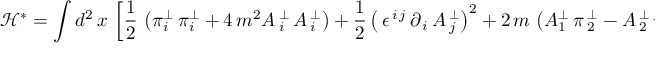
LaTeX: \mathcal { H } ^ { \ast } = \int d ^ { 2 } \, x \, \left[ \frac { 1 } { 2 } \, \left( \pi _ { i } ^ { \perp } \, \pi _ { i } ^ { \perp } + 4 \, m ^ { 2 } A \, _ { i } ^ { \perp } \, A \, _ { i } ^ { \perp } \right) + \frac { 1 } { 2 } \left( \, \epsilon ^ { \, i \, j } \, \partial _ { \, i } \, A \, _ { j } ^ { \perp } \right) ^ { 2 } + 2 \, m \, \left( A _ { 1 } ^ { \perp } \, \pi \, _ { 2 } ^ { \perp } - A \, _ { 2 } ^ { \perp } \, \pi _ { 1 } ^ { \perp } \right) \right] .